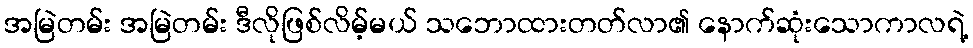
အမြဲတမ်း အမြဲတမ်း ဒီလိုဖြစ်လိမ့်မယ် သဘောထားတတ်လာ၏ နောက်ဆုံးသောကာလရဲ့